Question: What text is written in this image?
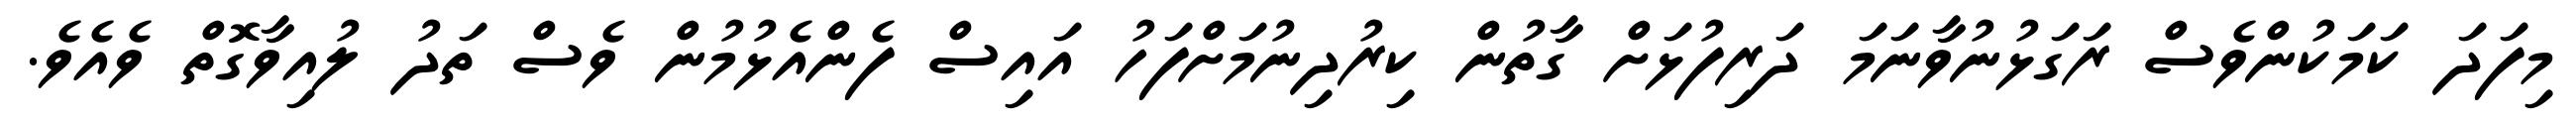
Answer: މިފަދަ ކަމަކުންވެސް ރަގަޅުނުވާނަމަ ދަރިފުޅަށް ގާތުން ކިރުދިނުމަށްފަހު އައިސް ފެންއެޅުމުން ވެސް ތަދު ލުއިވާގޮތް ވެއެވެ.